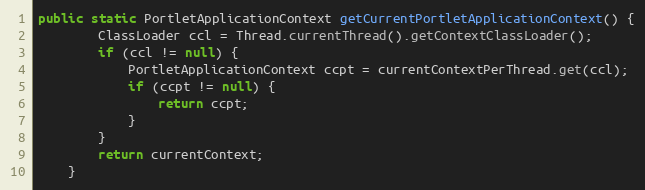
Language: Java
public static PortletApplicationContext getCurrentPortletApplicationContext() {
        ClassLoader ccl = Thread.currentThread().getContextClassLoader();
        if (ccl != null) {
            PortletApplicationContext ccpt = currentContextPerThread.get(ccl);
            if (ccpt != null) {
                return ccpt;
            }
        }
        return currentContext;
    }